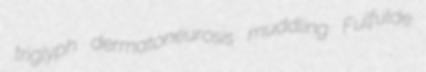
triglyph dermatoneurosis muddling Fulfulde